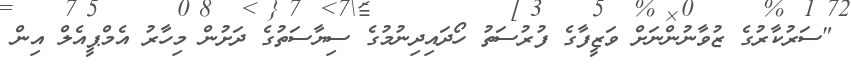
"ސަރުކާރުގެ ޒުވާނުންނަށް ވަޒީފާގެ ފުރުސަތު ހޯދައިދިނުމުގެ ސިޔާސަތުގެ ދަށުން މިހާރު އެމްޕީއެލް އިން